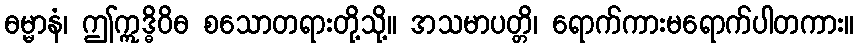
ဓမ္မာနံ၊ ဤဣဒ္ဓိဝိဓ စသောတရားတို့သို့။ အသမာပတ္တိ၊ ရောက်ကားမရောက်ပါတကား။